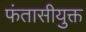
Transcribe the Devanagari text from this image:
फंतासीयुक्त